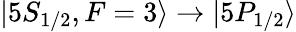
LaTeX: |5S_{1/2},F=3\rangle\rightarrow|5P_{1/2}\rangle